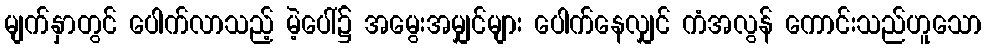
မျက်နှာတွင် ပေါက်လာသည့် မဲ့ပေါ်၌ အမွေးအမျှင်များ ပေါက်နေလျှင် ကံအလွန် ကောင်းသည်ဟူသော